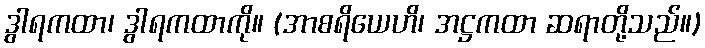
ဒွါရကထာ၊ ဒွါရကထာကို။ (အာစရိယေဟိ၊ အဋ္ဌကထာ ဆရာတို့သည်။)